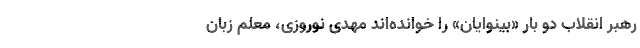
رهبر انقلاب دو بار «بینوایان» را خوانده‌اند مهدی نوروزی، معلم زبان